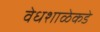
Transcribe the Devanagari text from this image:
वेधशाळेकडे